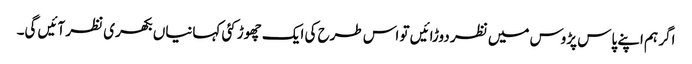
اگر ہم اپنے پاس پڑوس میں نظر دوڑائیں تو اس طرح کی ایک چھوڑ کئی کہانیاں بکھری نظر آئیں گی۔